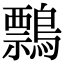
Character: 𪅃